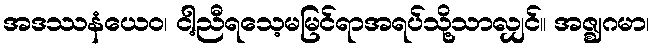
အဒဿနံယေဝ၊ ငါ့ညီရသေ့မမြင်ရာအရပ်သို့သာလျှင်။ အဇ္ဈဂမာ၊